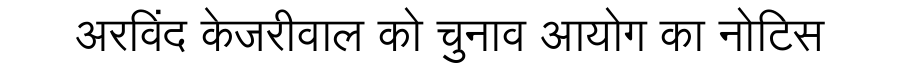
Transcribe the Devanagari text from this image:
अरविंद केजरीवाल को चुनाव आयोग का नोटिस